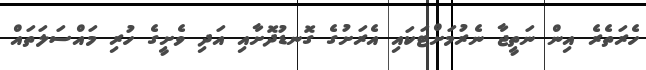
ހެރަތެރެ އިން ނަތީޖާ ނެރުމަށްޓަކައި އެރަށުގެ ގޮނޑުދޮށާއި އަދި ވެށީގެ ހުރި މައްސަލަތައް